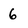
Character: 6